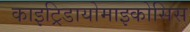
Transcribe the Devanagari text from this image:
काइट्रिडायोमाइकोसिस